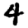
Digit: 4